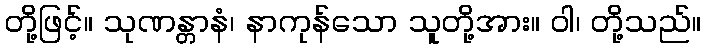
တို့ဖြင့်။ သုဏန္တာနံ၊ နာကုန်သော သူတို့အား။ ဝါ၊ တို့သည်။